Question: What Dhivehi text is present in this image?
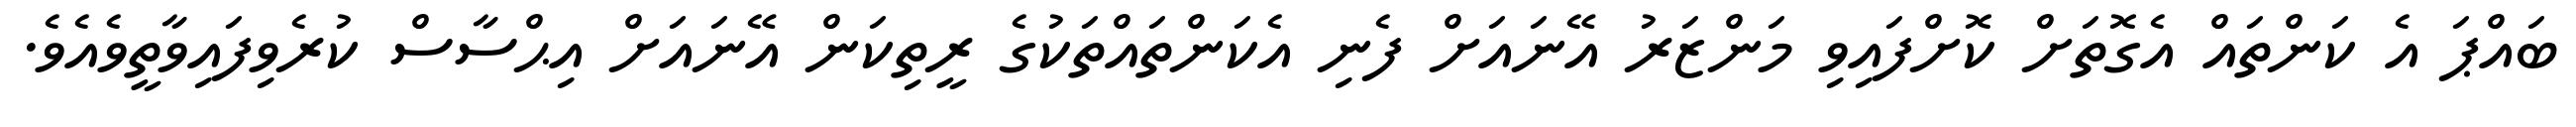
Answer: ބައްޕަ އެ ކަންތައް އެގޮތަށް ކޮށްފައިވި މަންޒަރު އޭނައަށް ފެނި އެކަންތައްތަކުގެ ރީތިކަން އޭނައަށް އިޙްސާސް ކުރެވިފައިވާތީވެއެވެ.